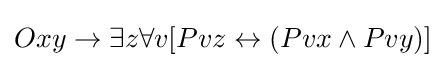
Oxy\rightarrow \exists z\forall v[Pvz\leftrightarrow (Pvx\land Pvy)]